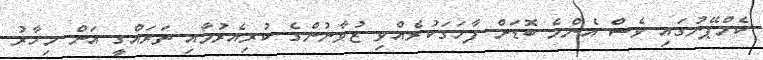
ކެމްޕޭނުގައި ވެސް އެންމެ ބޮޑަށް ފާހަގަކުރެއްވި ޒުވާނުންގެ ކުރިއެރުމާއި ތަރައްގީ އަށް މިހާރު